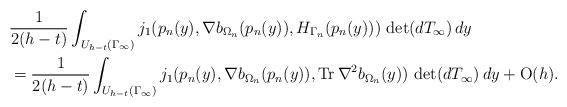
LaTeX: \begin{align*} & \frac{1}{2(h-t)}\int_{U_{h-t}(\Gamma_\infty)} j_1(p_n(y),\nabla b_{\Omega_n}(p_n(y)),H_{\Gamma_n}(p_n(y))) \, \det(dT_\infty) \, dy \\ & = \frac{1}{2(h-t)}\int_{U_{h-t}(\Gamma_\infty)} j_1(p_n(y),\nabla b_{\Omega_n}(p_n(y)),\operatorname{Tr} \nabla^2 b_{\Omega_n}(y )) \, \det(dT_\infty) \, dy+ \operatorname{O}(h).\end{align*}